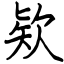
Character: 欵